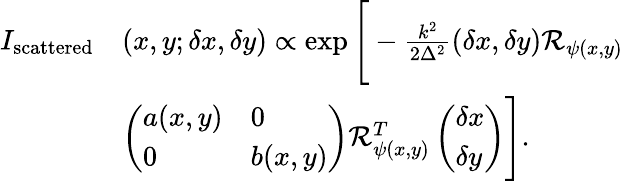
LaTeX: \begin{array}{rl}{I_{\textrm{scattered}}}&{(x,y;\delta x,\delta y)\propto\exp\Bigg[-\frac{k^{2}}{2\Delta^{2}}(\delta x,\delta y)\mathcal{R}_{\psi(x,y)}}\\ &{\left(\begin{array}{ll}{a(x,y)}&{0}\\ {0}&{b(x,y)}\end{array}\right)\mathcal{R}_{\psi(x,y)}^{T}\left(\begin{array}{l}{\delta x}\\ {\delta y}\end{array}\right)\Bigg].\quad}\end{array}